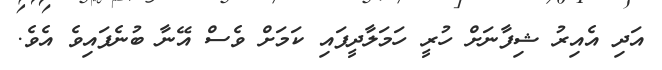
އަދި އެއިރު ޝިފާނަށް ހުރީ ހަމަލާދީފައި ކަމަށް ވެސް އޭނާ ބުނެފައިވެ އެވެ.